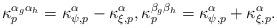
LaTeX: \begin{align*}\kappa_p^{\alpha_g\alpha_h} = \kappa^\alpha_{\psi,p} - \kappa^\alpha_{\xi,p}, \kappa_p^{\beta_g\beta_h} = \kappa^\alpha_{\psi,p} + \kappa^\alpha_{\xi,p}.\end{align*}